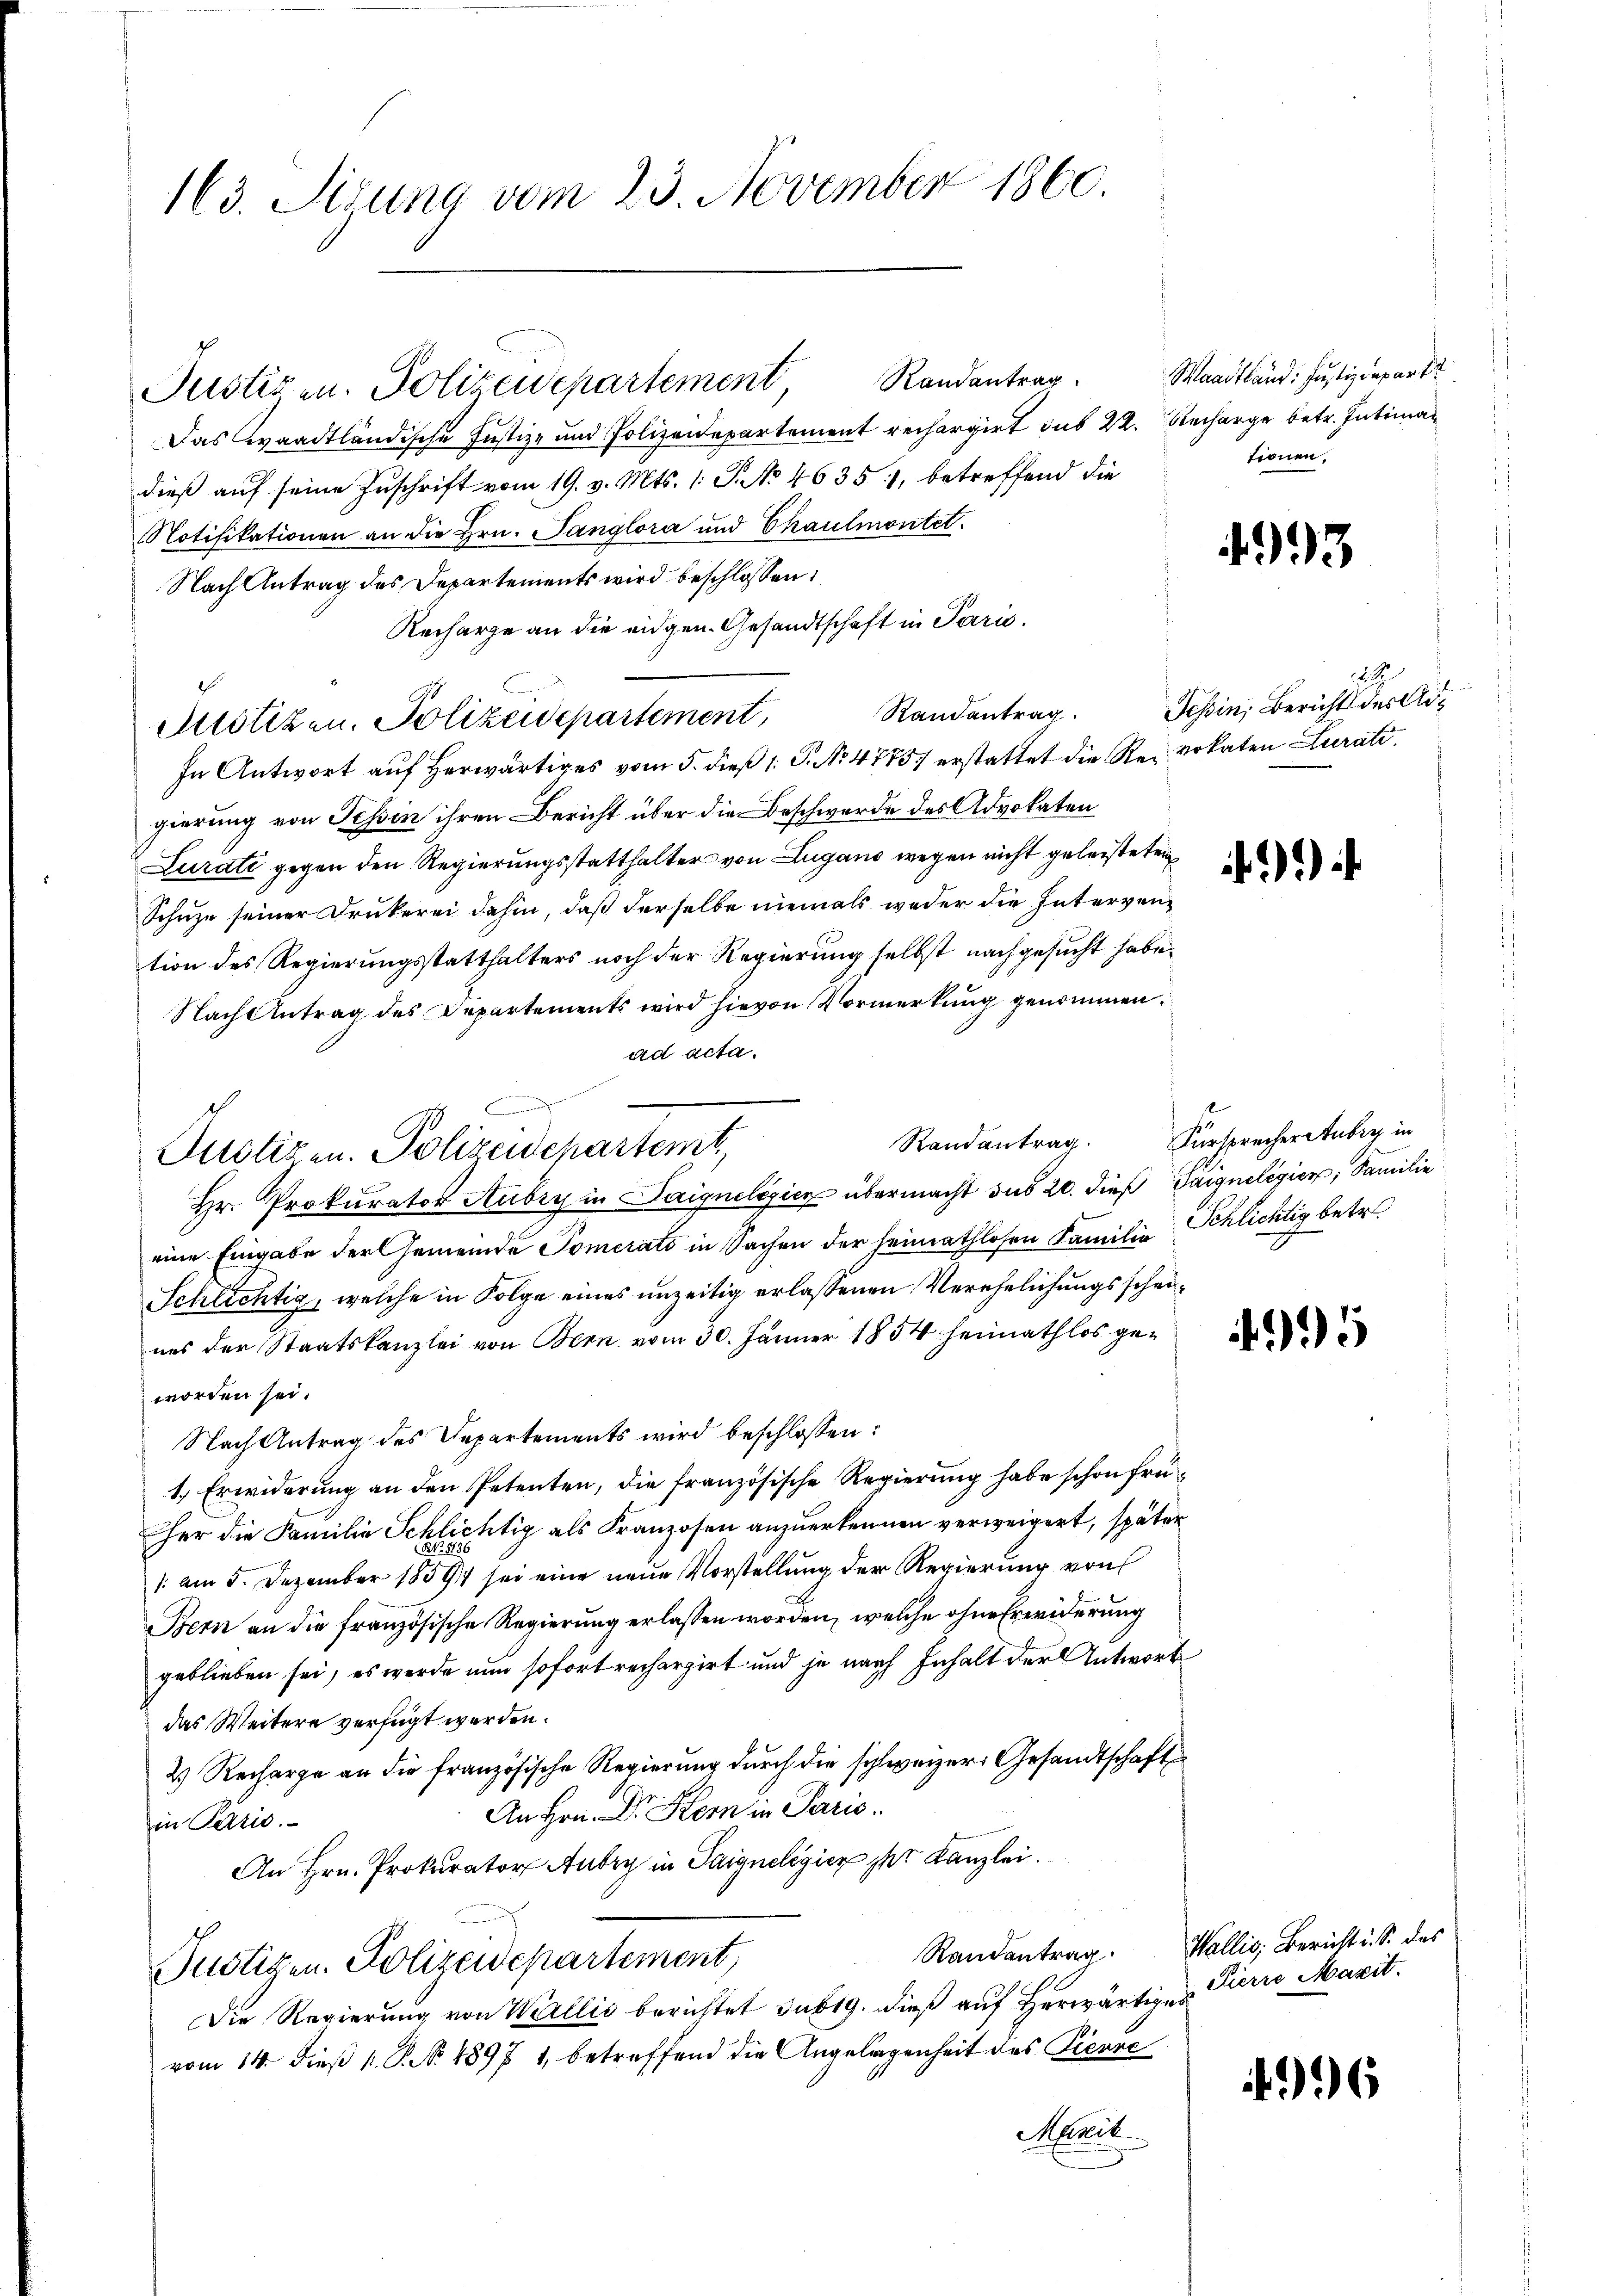
163. Sizung vom 23. November 1860.

Das waadtländische Justiz- und Polizeidepartement rechargirt das 22. Becharge betr. Intiman
dieß auf seine Zuschrift vom 19. v. Mts. 1. P. No 4635), betreffend die
Notifikationen an die Hrn. Tanglora und Chaulmontet.
Nach Antrag des Departements wird beschlossen:
Recharge an die eidgen. Gesandtschaft in Paris.
18
Mlotizen. Polizeidepartement,
In Antwort auf herwärtiges vom 5. dieß 1: P. No 4785 erstattet die Revokaten Curati
gierung von Tessin ihren Bericht über die Beschwerde des Advokaten
Lurate gegen den Regierungsstatthalter von Zugano wegen nicht geleisteten
Schuze seiner Drukerei dahin, daß derselbe niemals weder die Intervention des Regierungsstatthalters noch der Regierung selbst nachgesucht habe.
Nach Antrag des Departements wird hievon Vormerkung genommen
ad acta.
Hr. Prokurator Aubry in Daignelisiez übermacht das 20. dieß Saigneligier, Familie
eine Eingabe der Gemeinde Somerato in Sachen der Heimathlosen Familie Schlichtig betr.
Schlichtig, welche in Folge eines unzeitig erlassenen Verehelichungsscheines der Staatskanzlei von Bern vom 30. Jänner 1854 heimathlos geworden sei.
Nach Antrag des Departements wird beschlossen:
1.) Erwiderung an den Petenten, die französische Regierung habe schon früher die Familie Schlichtig als Franzosen anzuerkennen verweigert, später
/: am 5. Dezember 1859 sei eine neue Vorstellung der Regierung von
Bern an die französische Regierung erlassen worden, welche ohne Erwiderung
geblieben sei, es werde nun sofort rechargirt und je nach Inhalt der Antwort
das Weitere verfügt werden.
2) Recharge an die französische Regierung durch die schweizer Gesandtschaft
An Hrn. Dr. Stern in Paris.
in Paris.
An Hrn. Prokurator Aubry in Saigneligier der Kanzlei.
Randantrag. Wallis, Bericht u. S. das
Justizen. Polizeidepartement,
Die Regierung von Wallić berichtet sub 19. dieß auf herwärtiges Pierre Maxit.
vom 14. dieß p. P. Nr. 4897 1, betreffend die Angelegenheit des Diensc
Manil

Justizen. Polizeidepartement Randantrag. Waadtland: Justizdepart

Justizen. Polizeidepartemt

tionen.

4993

22
Randantrag. Tessin, Berichts der Ad¬

Randantrag. Fürsprecher Aubry in

995

6